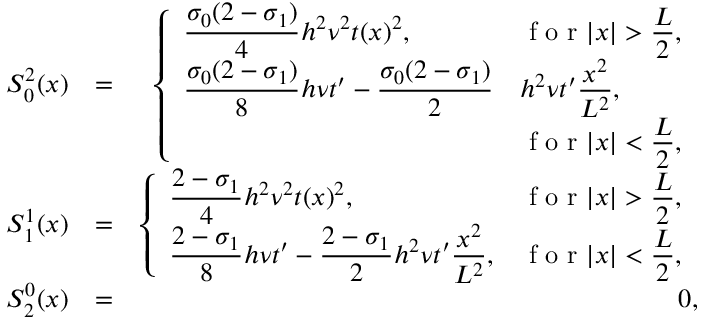
\begin{array} { r l r } { S _ { 0 } ^ { 2 } ( x ) } & { = } & { \left\{ \begin{array} { l l } { \displaystyle \frac { \sigma _ { 0 } ( 2 - \sigma _ { 1 } ) } { 4 } h ^ { 2 } \nu ^ { 2 } t ( x ) ^ { 2 } , } & { \displaystyle \textrm { f o r } | x | > \frac { L } { 2 } , } \\ { \displaystyle \frac { \sigma _ { 0 } ( 2 - \sigma _ { 1 } ) } { 8 } h \nu t ^ { \prime } - \frac { \sigma _ { 0 } ( 2 - \sigma _ { 1 } ) } { 2 } } & { \displaystyle h ^ { 2 } \nu t ^ { \prime } \frac { x ^ { 2 } } { L ^ { 2 } } , } \\ & { \displaystyle \textrm { f o r } | x | < \frac { L } { 2 } , } \end{array} \right. } \\ { S _ { 1 } ^ { 1 } ( x ) } & { = } & { \left\{ \begin{array} { l l } { \displaystyle \frac { 2 - \sigma _ { 1 } } { 4 } h ^ { 2 } \nu ^ { 2 } t ( x ) ^ { 2 } , } & { \displaystyle \textrm { f o r } | x | > \frac { L } { 2 } , } \\ { \displaystyle \frac { 2 - \sigma _ { 1 } } { 8 } h \nu t ^ { \prime } - \frac { 2 - \sigma _ { 1 } } { 2 } h ^ { 2 } \nu t ^ { \prime } \frac { x ^ { 2 } } { L ^ { 2 } } , } & { \displaystyle \textrm { f o r } | x | < \frac { L } { 2 } , } \end{array} \right. } \\ { S _ { 2 } ^ { 0 } ( x ) } & { = } & { 0 , } \end{array}